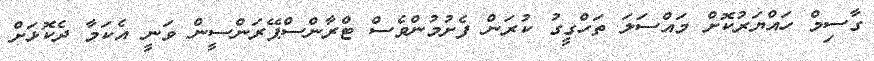
ގާސިމް ހައްޔަރުކޮށް މައްސަލަ ތަހްގީގު ކުރަން ފެށުމުންވެސް ޓްރާންސްޕޭރަންސީން ވަނީ އެކަމާ ދެކޮޅަށް